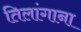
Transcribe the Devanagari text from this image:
तिलांगाना